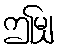
ဤမျှ